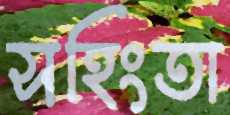
সহিংতা